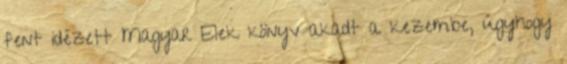
fent idézett Magyar Elek könyv akadt a kezembe, úgyhogy